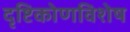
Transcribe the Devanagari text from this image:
दृष्टिकोणविशेष